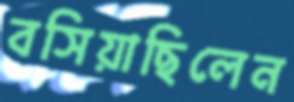
বসিয়াছিলেন